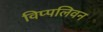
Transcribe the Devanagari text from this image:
विप्पलिवन